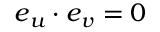
\boldsymbol { e } _ { u } \cdot \boldsymbol { e } _ { v } = 0